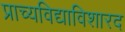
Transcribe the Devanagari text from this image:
प्राच्यविद्याविशारद